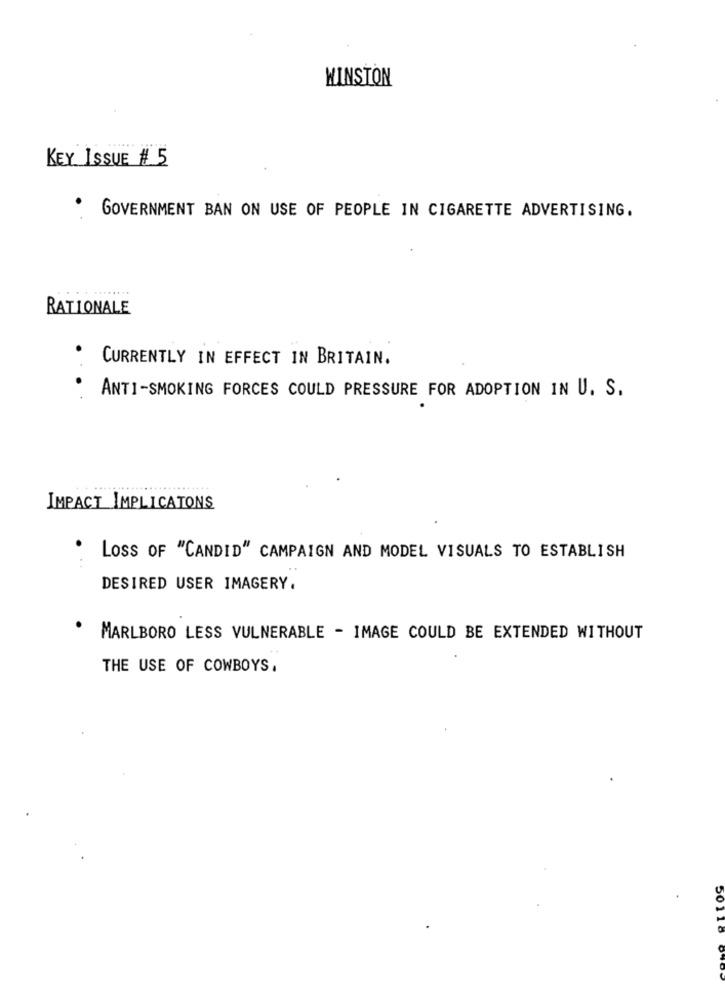
WINSTON
KEY ISSUE $ 5
GOVERNMENT BAN ON USE OF PEOPLE IN CIGARETTE ADVERTISING.
RATIONALE
CURRENTLY IN EFFECT IN BRITAIN.
.
ANTI-SMOKING FORCES COULD PRESSURE FOR ADOPTION IN U. S.
IMPACT IMPLICATONS
LOSS OF "CANDID" CAMPAIGN AND MODEL VISUALS TO ESTABLISH
DESIRED USER IMAGERY.
MARLBORO LESS VULNERABLE - IMAGE COULD BE EXTENDED WITHOUT
THE USE OF COWBOYS.
50116